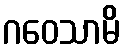
ဂဝေသာမိ